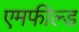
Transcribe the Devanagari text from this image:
एमफील्ड